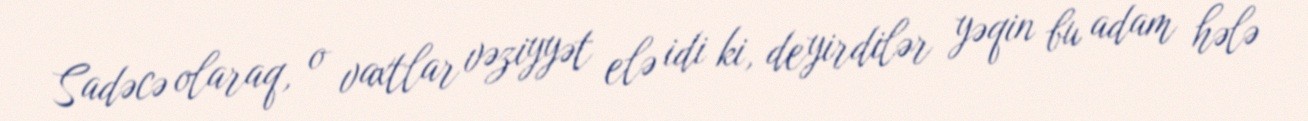
Sadəcə olaraq, o vaxtlar vəziyyət elə idi ki, deyirdilər yəqin bu adam hələ